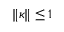
\| \kappa \| \leq 1